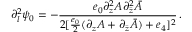
\partial _ { l } ^ { 2 } \psi _ { 0 } = - \frac { e _ { 0 } \partial _ { z } ^ { 2 } A \partial _ { \bar { z } } ^ { 2 } \bar { A } } { 2 [ \frac { e _ { 0 } } { 2 } ( \partial _ { z } A + \partial _ { \bar { z } } \bar { A } ) + e _ { 4 } ] ^ { 2 } } \, .